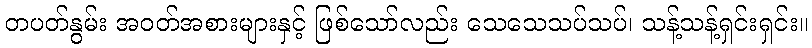
တပတ်နွမ်း အဝတ်အစားများနှင့် ဖြစ်သော်လည်း သေသေသပ်သပ်၊ သန့်သန့်ရှင်းရှင်း။